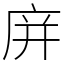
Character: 庰